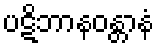
ပဋိဘာနဝန္တာနံ